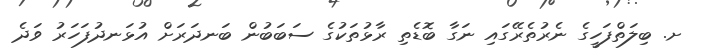
ށ. ބިލަތްފަހީގެ ނެރުތެރޭގައި ނަގާ ބޮޑެތި ރާޅުތަކުގެ ސަބަބުން ބަނދަރަށް އުޅަނދުފަހަރު ވަދެ